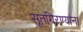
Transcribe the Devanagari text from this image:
सूतगिरण्यांना